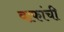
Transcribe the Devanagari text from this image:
वाफांची